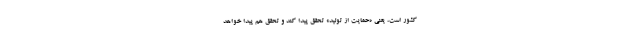
کشور است، یعنی «حمایت از تولید» تحقق پیدا کند و تحقق هم پیدا خواهد